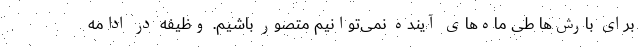
برای بارش‌ها طی ماه‌های آینده نمی‌توانیم متصور باشیم. وظیفه در ادامه